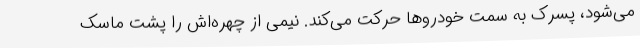
می‌شود، پسرک به‌ سمت خودروها حرکت می‌کند. نیمی از چهره‌اش را پشت ماسک